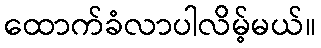
ထောက်ခံလာပါလိမ့်မယ်။